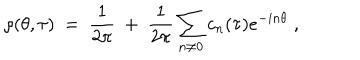
LaTeX: \rho ( \theta , \tau ) ~ = ~ \frac { 1 } { 2 \pi } ~ + ~ \frac { 1 } { 2 \pi } \sum _ { n \neq 0 } c _ { n } ( \tau ) e ^ { - i n \theta } \; ,